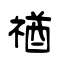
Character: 禉